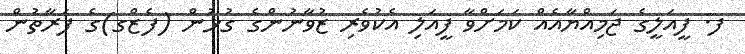
ފ. ފީއަލީގެ ޖަމިއްޔާއެއް ކަމަށްވާ ފީއަލި އެކުވެރި ޒުވާނުންގެ ގުޅުން (ފެޒްގ)ގެ ފަރާތުން